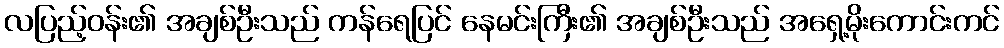
လပြည့်ဝန်း၏ အချစ်ဦးသည် ကန်ရေပြင် နေမင်းကြီး၏ အချစ်ဦးသည် အရှေ့မိုးကောင်းကင်